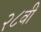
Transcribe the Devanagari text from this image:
२८वीं